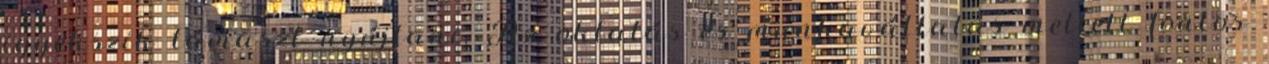
igyekszik támaszt nyújtani. Az oktatás és munkavállalás mellett fontos